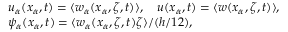
\begin{array} { r l } & { u _ { \alpha } ( x _ { \alpha } , t ) = \langle w _ { \alpha } ( x _ { \alpha } , \zeta , t ) \rangle , \quad u ( x _ { \alpha } , t ) = \langle w ( x _ { \alpha } , \zeta , t ) \rangle , } \\ & { \psi _ { \alpha } ( x _ { \alpha } , t ) = \langle w _ { \alpha } ( x _ { \alpha } , \zeta , t ) \zeta \rangle / ( h / 1 2 ) , } \end{array}